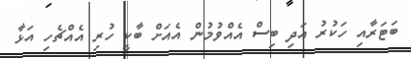
ބަޓަރާއި ހަކުރު އަދި ބިސް އެއްވުމުން އެއަށް ބާކީ ހުރި އެއްޗެހި އަޅާ